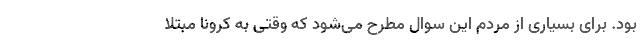
بود. برای بسیاری از مردم این سوال مطرح می‌شود که وقتی به کرونا مبتلا